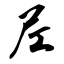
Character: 尼